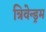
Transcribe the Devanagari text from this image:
त्रिवेन्ड्रम